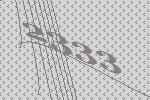
2333